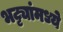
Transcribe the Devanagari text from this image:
भट्ट्यांमध्ये